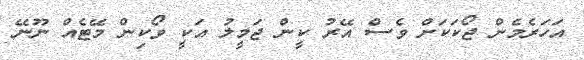
އަހަރެމެން ޖޯކަކަށް ވެސް އޭރު ކީން ޖަމީލު އަކީ ވޯކިން މޭޓެއް ނޫނޭ